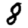
Digit: 8